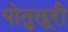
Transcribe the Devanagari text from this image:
पोतुलूरी